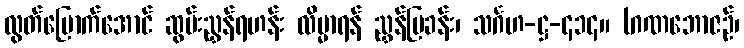
လွတ်မြောက်အောင် ဆွမ်းညွှန်ရဟန်း လိမ္မာရန် ညွှန်ပြခန်း၊ သင်္ဂဟ-ဋ္ဌ-၄၁၄။ (ဂဏဘောဇဉ်၊